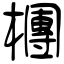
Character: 檲